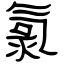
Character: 氯